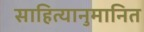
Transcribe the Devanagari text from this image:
साहित्यानुमानित